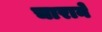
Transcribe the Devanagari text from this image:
चाराने